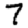
Digit: 7